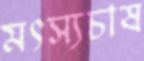
মৎস্যচাষ